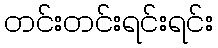
တင်းတင်းရင်းရင်း